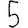
Digit: 5